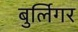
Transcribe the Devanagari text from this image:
बुर्लिगर